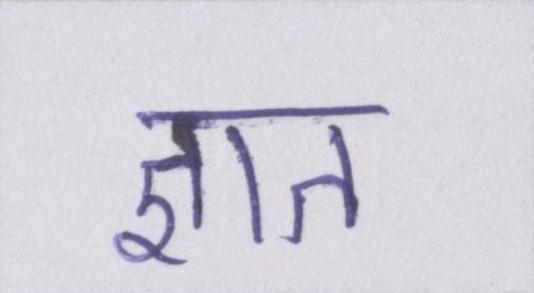
ज्ञात